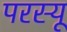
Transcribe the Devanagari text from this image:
परस्यू